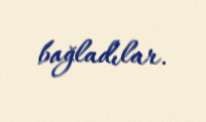
bağladılar.